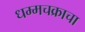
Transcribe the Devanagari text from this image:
धम्मचक्राचा